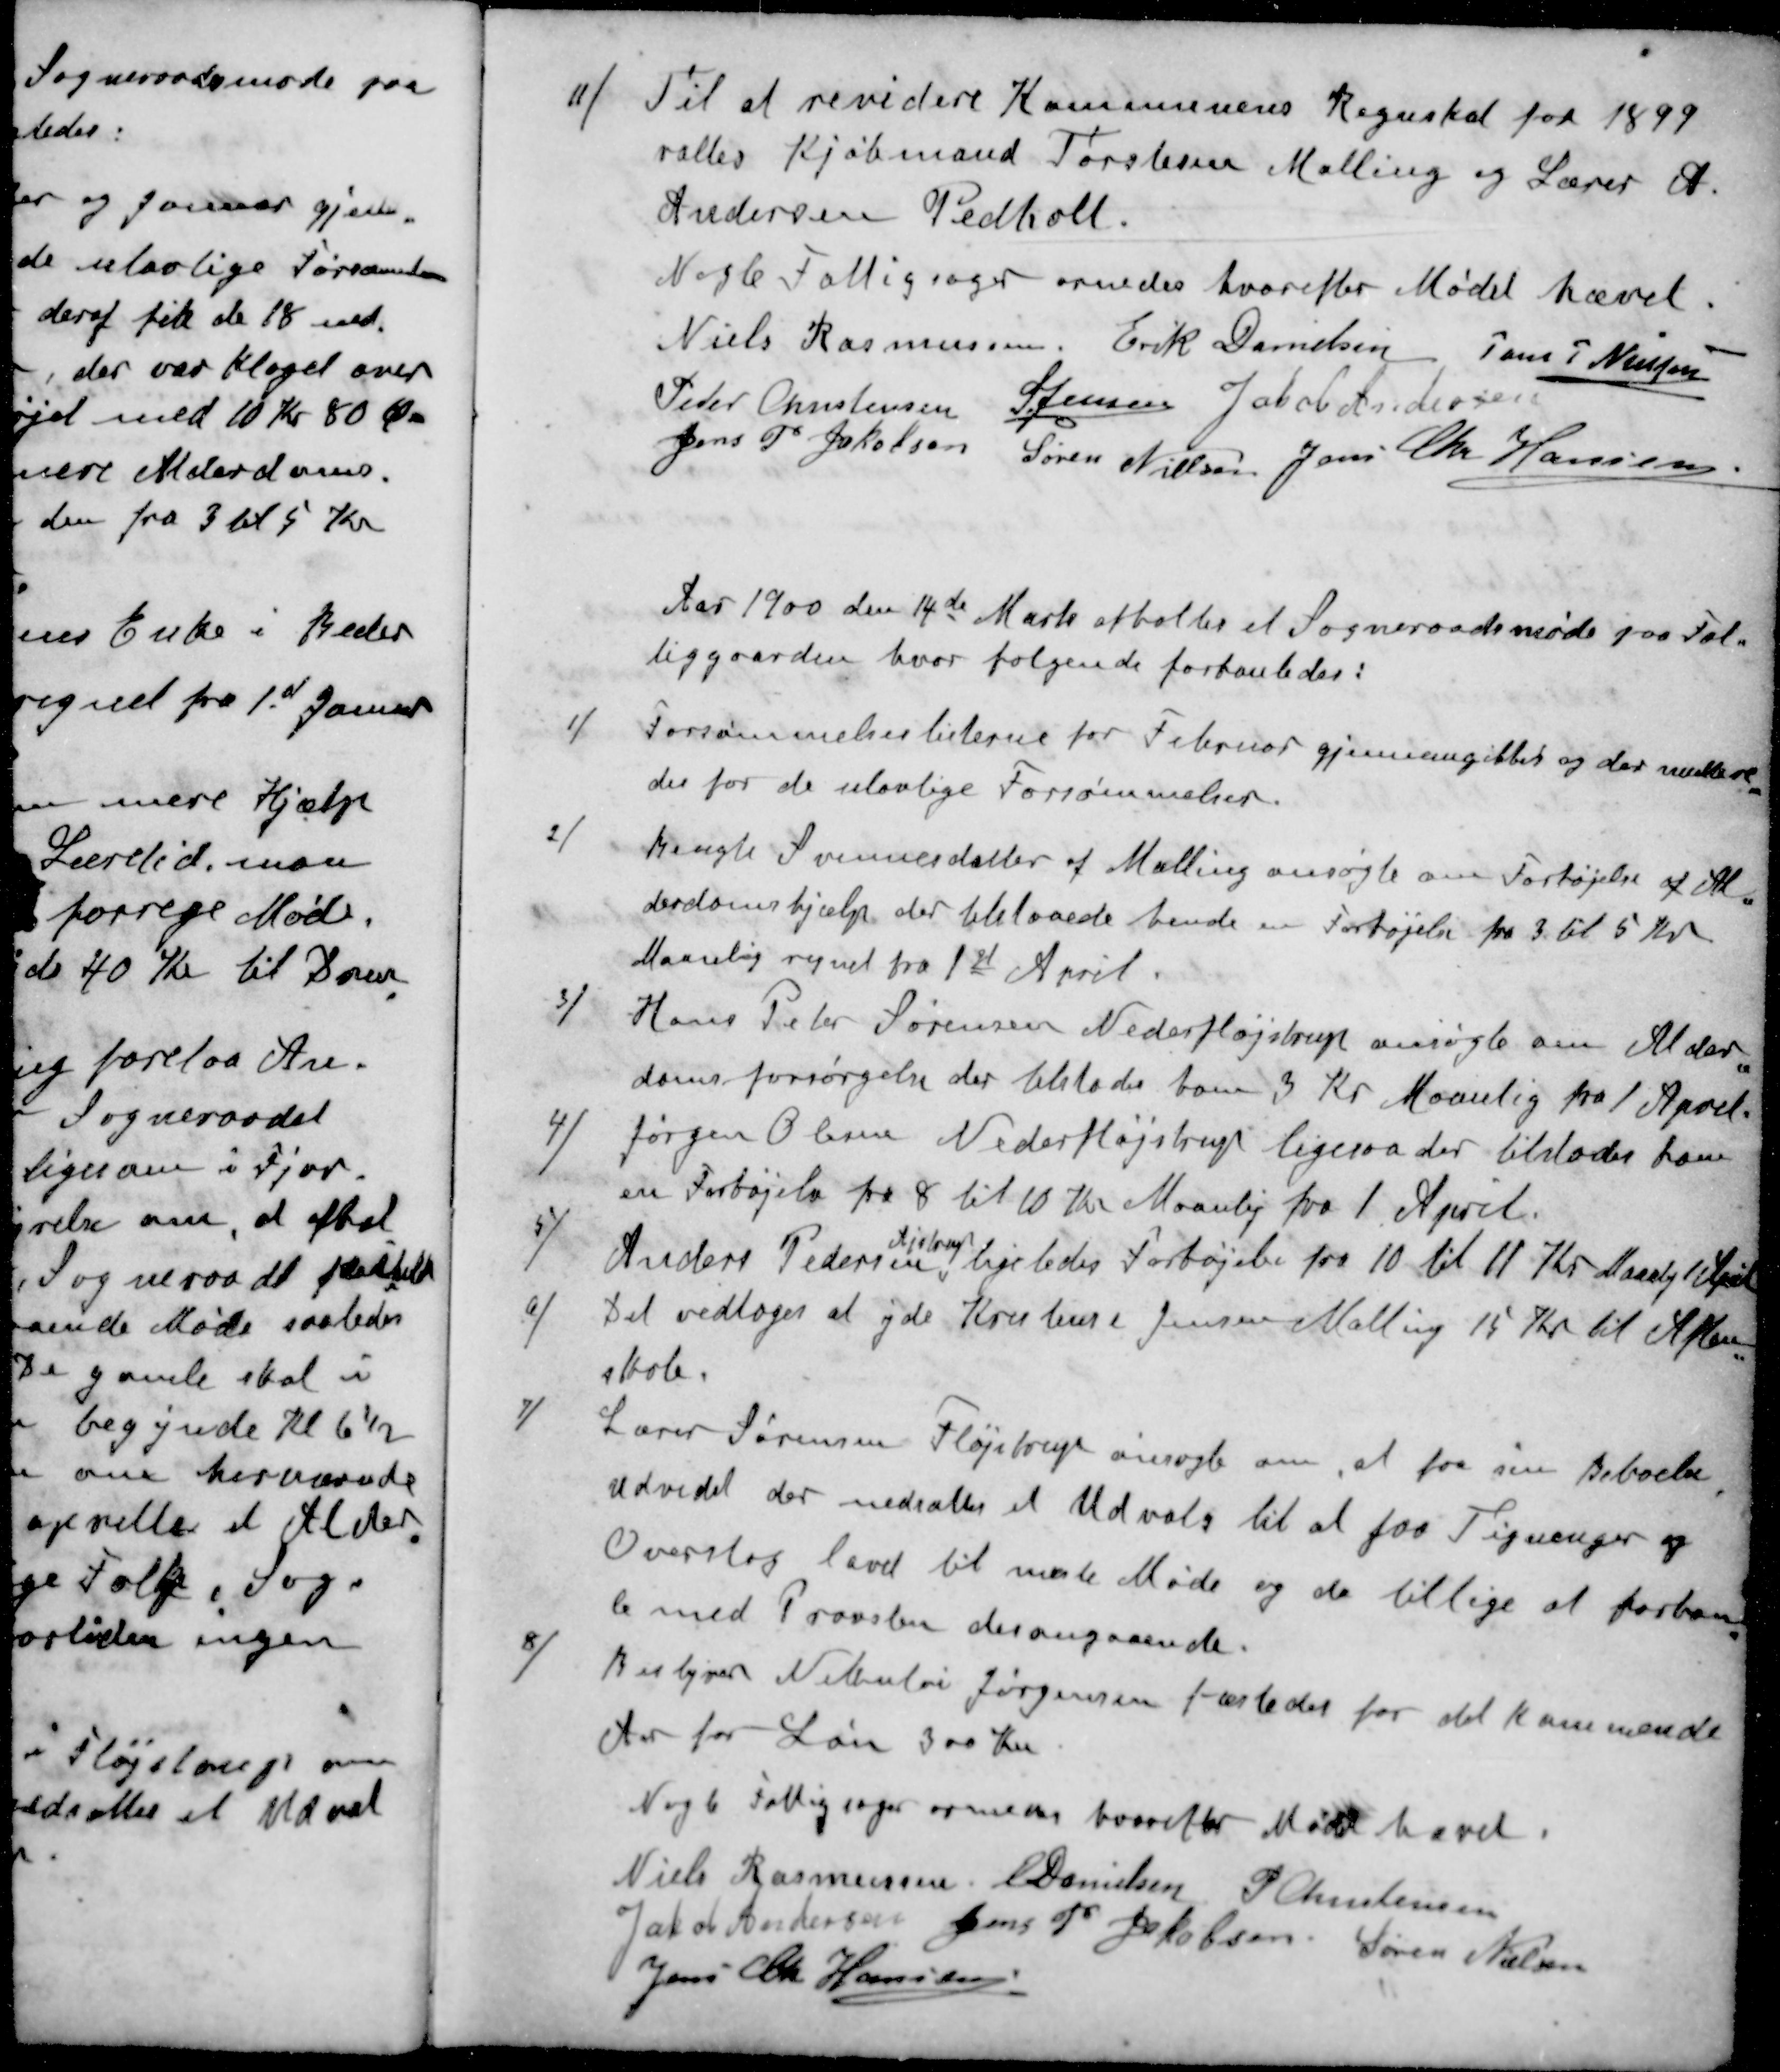
Transskription:
11 / Til at revidere Kommunens Regnskab for 1899
valtes Kjøbmand Torstesen Malling og Lærer A.
Andersen Pedholt.
Nogle Fattigsager ornedes hvorefter Mødet hævet.
Niels Rasmussen
Erik Danielsen
Jens P Nielsen
Peder Christensen
S Jensen
Jacob Andersen
Jens P Jakobsen
Søren Nielsen
Jens Chr Hansen
Aar 1900 den 14de Marts afholdes et Sogneraadsmøde paa Fat-
liggaarden hvor følgende forhanledes:
1 / Forsømmelseslisterne for Februar gjennemgikkes og der multere
des for de ulovlige Forsømmelser.
2 / Bengte Svennesdatter af Malling ansøgte om Forhøjelse af Al
derdomshjælp, der tilstaaede hende en Forhøjelse fra 3 til 5 Kr
Maanlig regnet fra 1st April.
3 / Hans Peter Sørensen Nederfløjstrup ansøgte om Alder
domsforsørgelse der tilstodes som 3 Kr Maanlig fra 1 April.
4 / Jørgen Olesen Nederfløjstrup ligesaa der tilstodes ham
en Forhøjelse fra 8 til 10 Kr Maanlig fra 1. April.
Ajstrup
5 / Anders Pedersen, ligeledes Forhøjelse fra 10 til 11 Kr Maanlig 1 April
6 / Det vedtoges at yde Kristian Jensen Malling 15 Kr. til Aften-
skole.
7  Lærer Sørensen Fløjstrup ansøgte om, at faa sin Beboelse
Udvidet der nedsættes et Udvalg til at faa Tegninger og
Overslag lavet til næste Møde og de tillige at forhan
le med Provsten desangaaende.
8 / Bestyrer Nikolaj Jørgensen fæstedes for det kommende
Aar for Løn 300 Kr
Nogle Fattigsager ornedes hvorefter Mødet hævet
Niels Rasmussen
E Danielsen
P Christensen
Jakob Andersen
Jens P Jacobsen
Søren Nielsen
Jens Chr Hansen